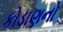
કોડાણનો